Malaria in the Duars
Disease focus: Malaria
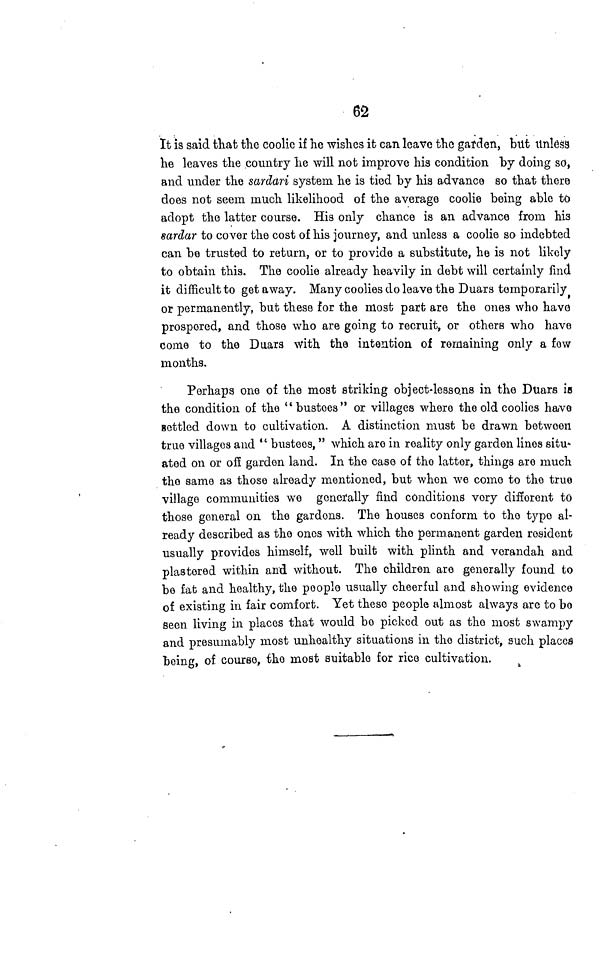
62
It is said that the coolie if he wishes it can leave the garden, but Unless
he leaves the country he will not improve his condition by doing so,
and under the sardari system he is tied by his advance so that there
does not seem much likelihood of the average coolie being able to
adopt the latter course. His only chance is an advance from his
sardar to cover the cost of his journey, and unless a coolie so indebted
can be trusted to return, or to provide a substitute, he is not likely
to obtain this. The coolie already heavily in debt will certainly find
it difficult to getaway. Many coolies do leave the Duars temporarily
or permanently, but these for the most part are the ones who have
prospered, and those who are going to recruit, or others who have
come to the Duars with the intention of remaining only a few
months.
Perhaps one of the most striking object-lessons in the Duars is
the condition of the "bustees" or villages where the old coolies have
settled down to cultivation. A distinction must be drawn between
true villages and " bustees," which are in reality only garden lines situ-
ated on or or garden land. In the case of the latter, things are much
the same as those already mentioned, but when we come to the true
village communities we generally find conditions very different to
those general on the gardens. The houses conform to the type al-
ready described as the ones with which the permanent garden resident
usually provides himself, well built with plinth and verandah and
plastered within and without. The children are generally found to
be fat and healthy, the people usually cheerful and showing evidence
of existing in fair comfort. Yet these people almost always are to bo
seen living in places that would be picked out as the most swampy
and presumably most unhealthy situations in the district, such places
being, of course, the most suitable for rice cultivation.